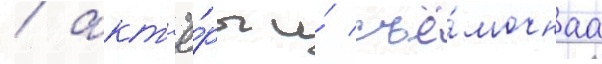
/ акт'ё́ры и́ съё́мочнаа